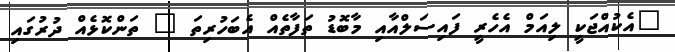
"އެކުއްޖަކީ ލިއަމް އެހެރީ ފައިސަލްއާއި މާބޮޑު ތަފާތެއް އެބަހުރިތަ " ތަންކޮޅެއް ދުރުގައި